Rapla_vallavalitsus, lk 35
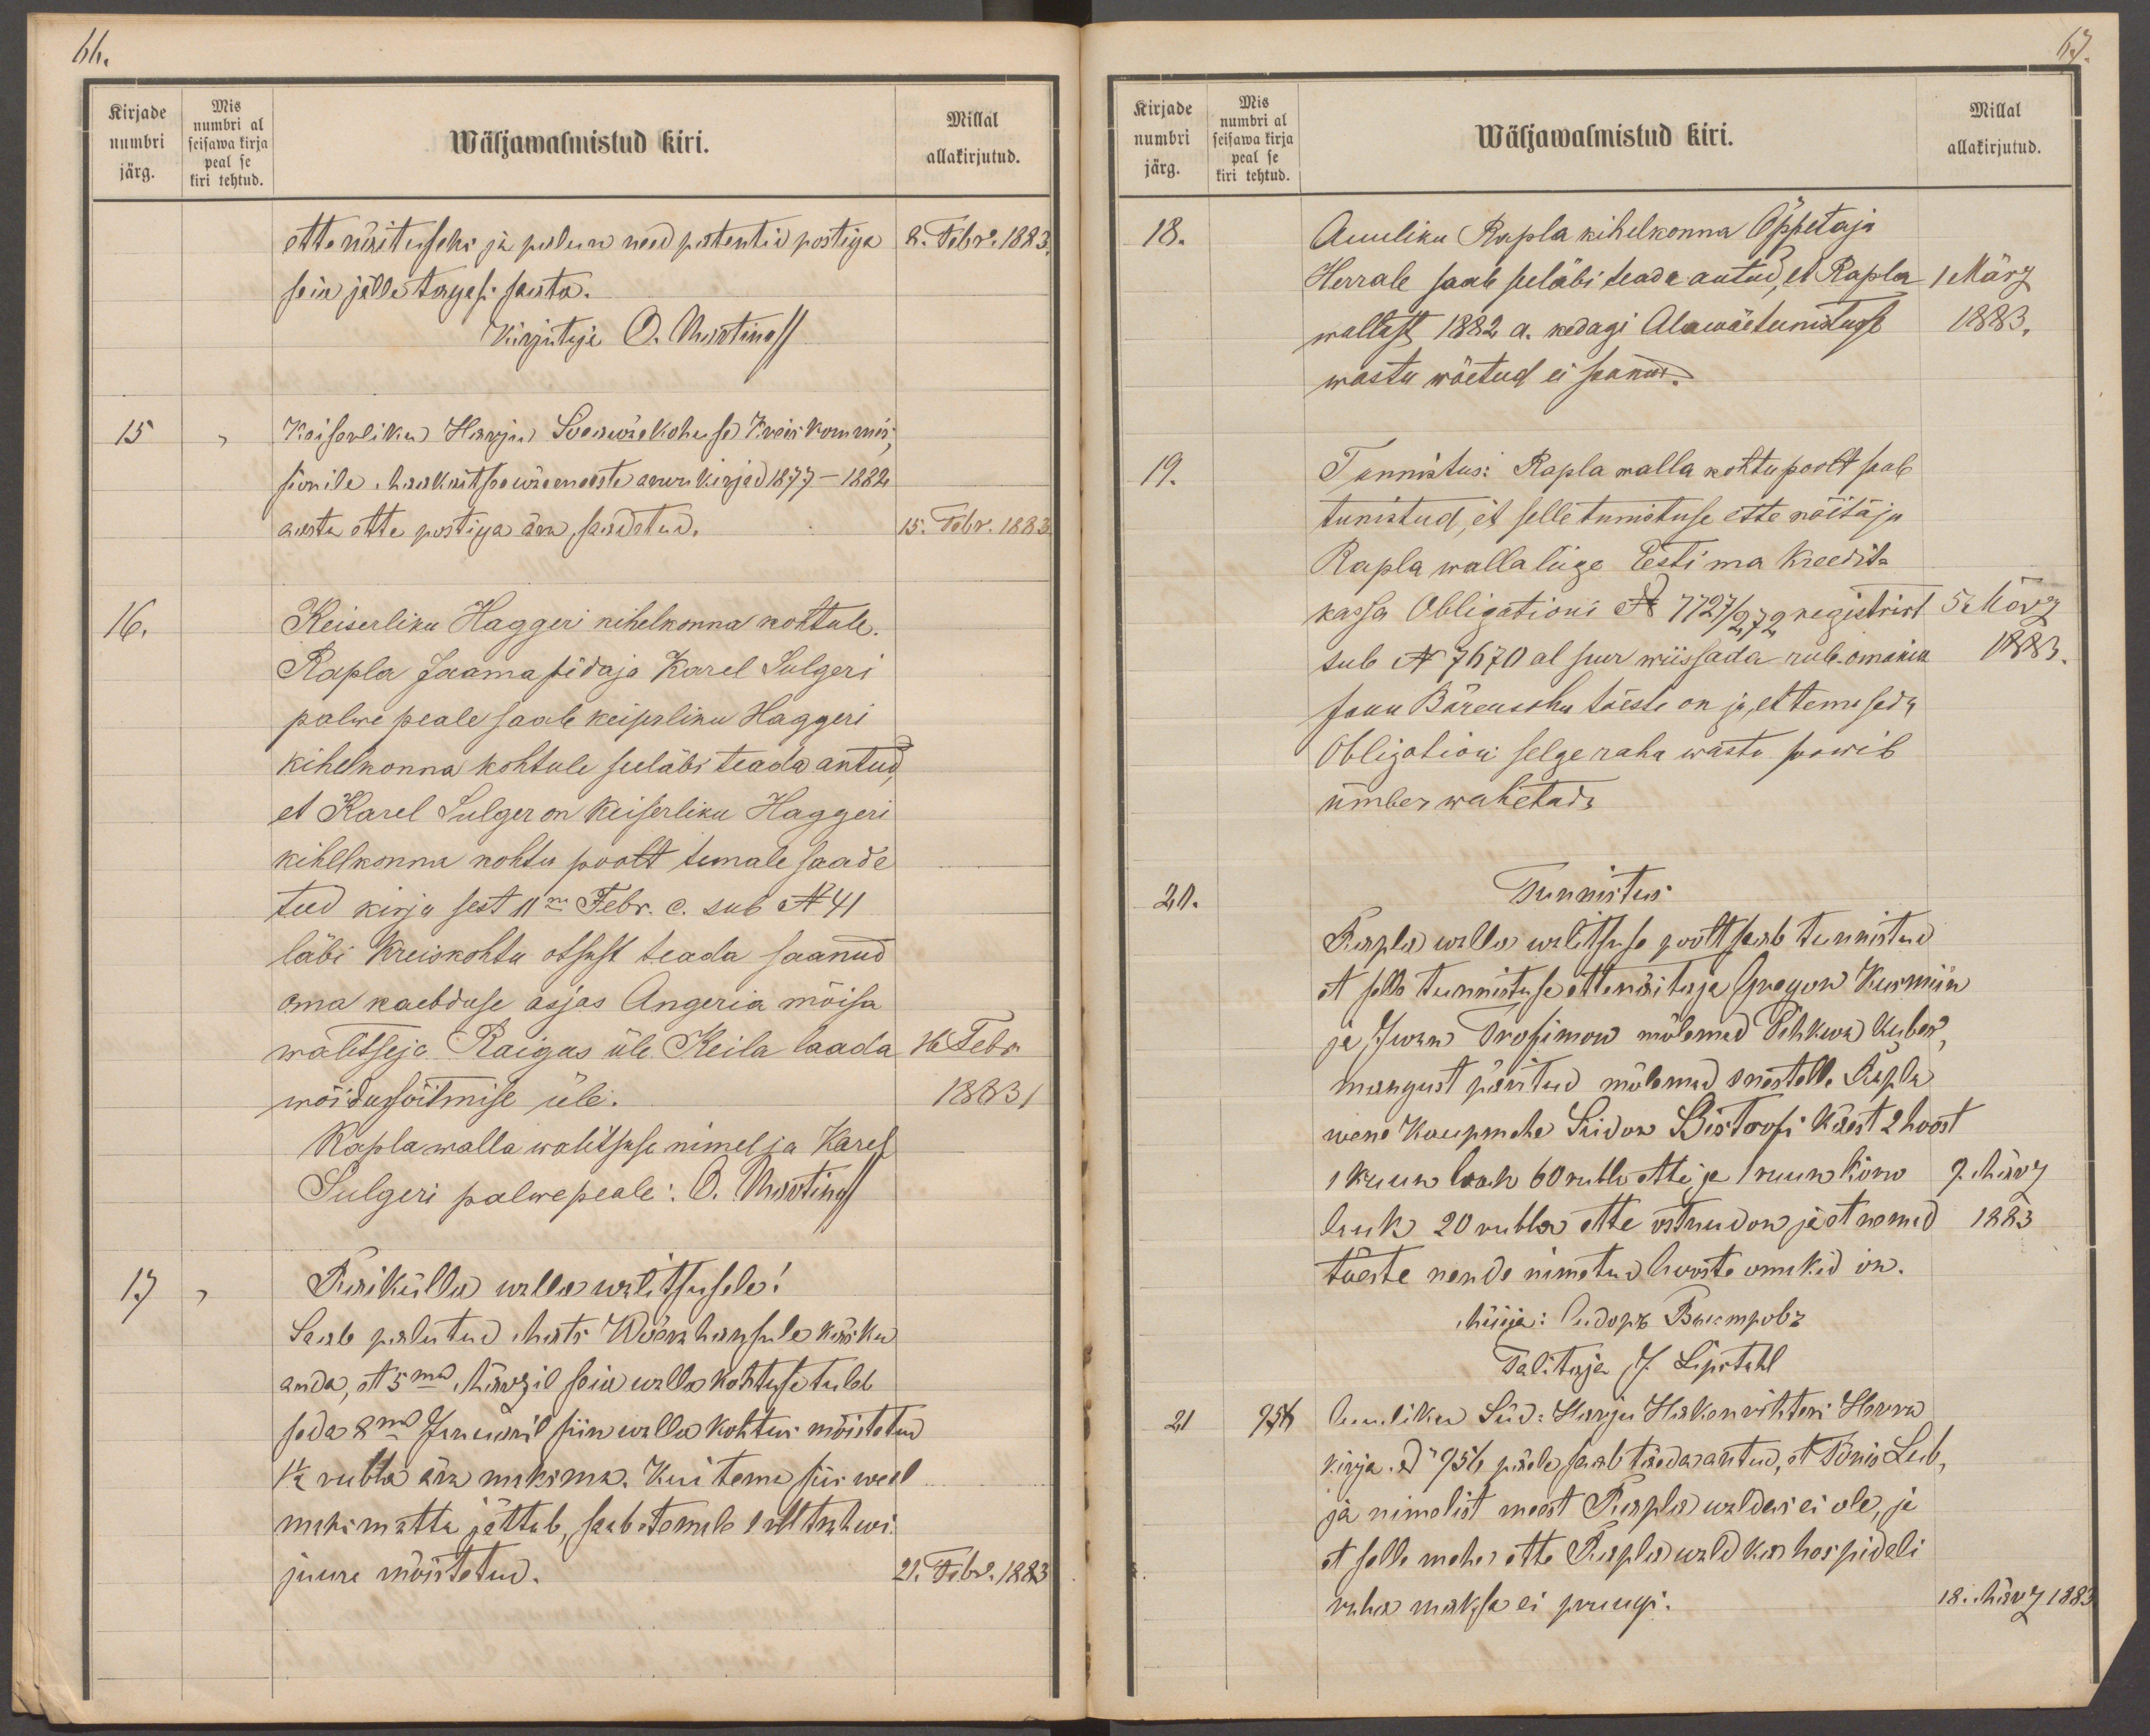
66.
Kirjade
Mis
numbri
numbri al
seisawa kirja
peal se
Millal
Wäljamalmistud kiri.
järg.
allakirjutud.
kiri tehtud.
ette näituseks ja palun need patentid postiga
8. Febr. 1883.
seia jälle tagasi saata.
Kirjutaja O. Martinoff
15
Keiserliku Harju Sõeawäekohuse Kreis Kommis-
sionile. Maakaitse wäemeeste arvu kirjad 1877- 1882
aasta ette postiga ära saadetud.
15. Febr. 1883.
16.
Keiserliku Haggeri kihelkonna kohtule.
Rapla Jaama pidaja Karel Sulgeri
palwe peale saab keiserliku Haggeri
kihelkonna kohtule seeläbi teada antud,
et Karel Sulger on Keiserliku Haggeri
kihelkonna kohtu poolt temale saade
tud kirja sest 11ma Febr. c. sub No 41
läbi Kreiskohtu otsust teada saanud
oma kaebduse asjas Angeria mõisa
walitseja Raigus üle Keila laada
16 Febr
wõidussõitmise üle.
1883.
Rapla walla walitsuse nimel ja Karel
Sulgeri palwe peale: O. Martinoff
17
Raikülla walla walitsusele!
Saab palutud Mats Wõerahansule käsku
anda, et 5mal Märzil seia walla kohtuse tuleb
seda 8mal Januaril siin walla kohtus mõistetud
1 1/2 rubla ära maksma. Kui tema siis weel
minematta jättab, saab temale 1 rbl trahwi.
juure mõistetud.
21. Febr. 1883

67.
Kirjade
Mis
Millal
numbri al
numbri
Wäljawalmistud kiri.
seisawa kirja
allakirjutud.
järg.
peal se
kiri tehtud.
18.
Auuliku Rapla kihelkonna Õppetaja
Herrale saab seläbi teada antud, et Rapla
1 März
wallast 1882 a. kedagi Alawäeteenistusse
1883.
wastu wõetud ei saanud.
19.
Tunnistus: Rapla walla kohtu poolt saab
tunistud, et selle tunistuse ette näitaja
Rapla walla liige Eestima Kreedit-
kassa Obligationi No 7727/272 ja registrist
5 März
sub No 7670 al suur wiissada rub. omanik
1883.
Jann Bärensohn tõeste on ja et tema seda
Obligationi selge raha wasto soowib
ümber wahetada
21.
Tunnistus
Rapla walla walitsuse poolt saab tunnistud
et selts tunnistuse ettenäitaja Gregor Kusmin
ja Iwan Trofimow mõlemad Pihkwa kuber-
mangust päritud mõlemad enestele Rapla
wene kaupmehe Siidor Bistrofi käest 2 hoost
1 ruun lauk 60 rubla ette ja 1 ruun kõrw
9. März
lauk 20 rubla ette ostnud on ja et nemad
1883
tõeste nende nimetud hooste omikid on.
Müija: Pudo p. õ Blumpobr
Talitaja J. Lipstahl
21
958
Auuliku Süd-Harju Hakenrihteri Herra
kirja No 756 päele saab täeda antud, et Tõnis Lub,
ja nimelist meest Rapla waldas ei ole, ja
et selle mehe ette Rapla wald ka hospidali
raha maksa ei pruugi.
18. März 1883